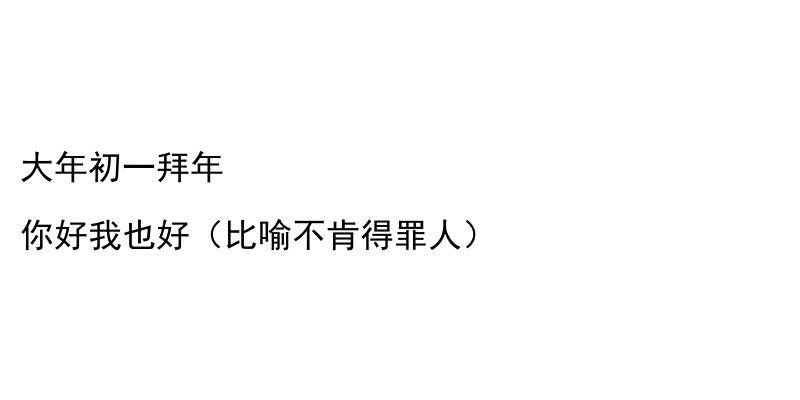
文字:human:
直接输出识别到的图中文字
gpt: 大年初一拜年 你好我也好（比喻不肯得罪人）